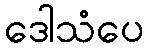
ဒေါသံပေ